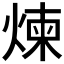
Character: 煉